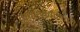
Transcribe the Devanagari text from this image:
वागर्थप्रतिपत्तये।